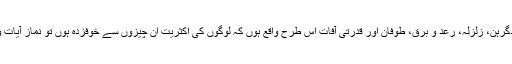
سورج گرہن، چاندگرہن، زلزلہ، رعد و برق، طوفان اور قدرتی آفات اس طرح واقع ہوں کہ لوگوں کی اکثریت ان چیزوں سے خوفزدہ ہوں تو نماز آیات واجب ہوجاتی ہے۔